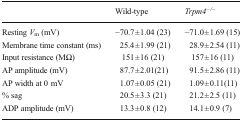
<table><thead><tr><td></td><td><b>Wild-type</b></td><td><b><i>Trpm4</i><sup><i>−/−</i></sup></b></td></tr></thead><tbody><tr><td>Resting <i>V</i><sub>m</sub> (mV)</td><td>−70.7 ± 1.04 (23)</td><td>−71.0 ± 1.69 (15)</td></tr><tr><td>Membrane time constant (ms)</td><td>25.4 ± 1.99 (21)</td><td>28.9 ± 2.54 (11)</td></tr><tr><td>Input resistance (MΩ)</td><td>151 ± 16 (21)</td><td>157 ± 16 (11)</td></tr><tr><td>AP amplitude (mV)</td><td>87.7 ± 2.01(21)</td><td>91.5 ± 2.86 (11)</td></tr><tr><td>AP width at 0 mV</td><td>1.07 ± 0.05 (21)</td><td>1.09 ± 0.11(11)</td></tr><tr><td>% sag</td><td>20.5 ± 3.3 (21)</td><td>21.2 ± 2.5 (11)</td></tr><tr><td>ADP amplitude (mV)</td><td>13.3 ± 0.8 (12)</td><td>14.1 ± 0.9 (7)</td></tr></tbody></table>